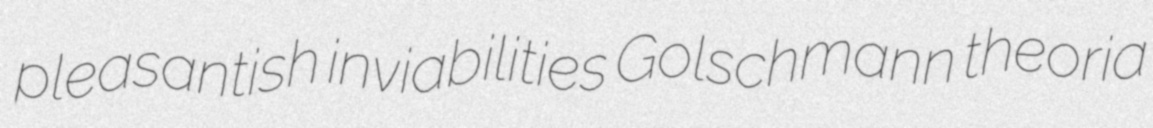
pleasantish inviabilities Golschmann theoria